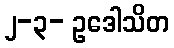
၂-၃- ဥဒေါသိတ